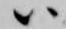
ハ